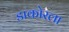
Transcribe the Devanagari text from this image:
डाकोरला